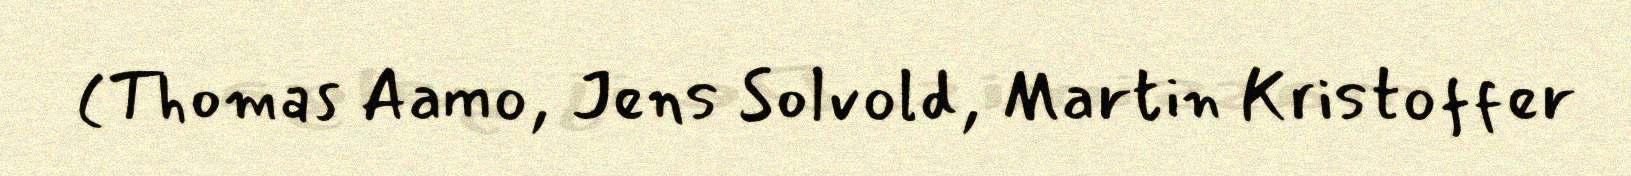
(Thomas Aamo, Jens Solvold, Martin Kristoffer